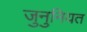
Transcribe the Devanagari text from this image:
जुनुनियत